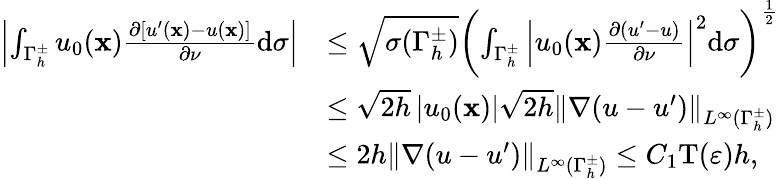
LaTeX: \begin{array}{rl}{\left\vert\int_{{\Gamma_{h}^{\pm}}}{{u_{0}}(\mathbf x){\frac{\partial[u^{\prime}(\mathbf x)-u(\mathbf x)]}{\partial\nu}}}\mathrm d\sigma\right\vert}&{\leq\sqrt{\sigma({\Gamma_{h}^{\pm}})}{\left({\int_{{\Gamma_{h}^{\pm}}}{\left|{{u_{0}}(\mathbf x){\frac{\partial(u^{\prime}-u)}{\partial\nu}}}\right|}^{2}}\mathrm d\sigma\right)^{{\frac{1}{2}}}}}\\ &{\leq\sqrt{2h}\left|{{u_{0}}(\mathbf x)}\right|\sqrt{2h}{\left\| {\nabla(u-u^{\prime})}\right\| _{{L^{\infty}}({\Gamma_{h}^{\pm}})}}}\\ &{\leq 2h{\left\| {\nabla(u-u^{\prime})}\right\| _{{L^{\infty}}({\Gamma_{h}^{\pm}})}}\leq C_{1}\mathrm T(\varepsilon)h,}\end{array}